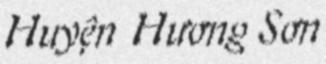
Huyện Hương Sơn